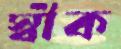
স্বীক